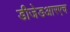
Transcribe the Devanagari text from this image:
डीजेडआरएच